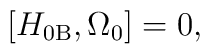
\left[ H_{0\mathrm{B}},\Omega _{0}\right] =0,